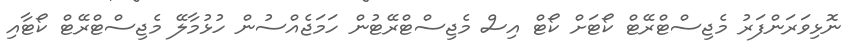
ނޮޅިވަރަންފަރު މެޖިސްޓްރޭޓް ކޯޓަށް ކޯޓް އިސް މެޖިސްޓްރޭޓުން ހަމަޖެއްސުން ހުޅުމާލޭ މެޖިސްޓްރޭޓް ކޯޓާއި